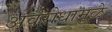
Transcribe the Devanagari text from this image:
अवरोधामुळे